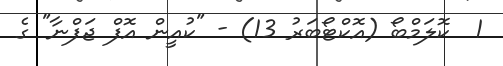
1  ކޮލަމްބޯ (އޮކްޓޯބަރު 13) - "ކުއީން އޮފް ޖަފްނާ" ގެ